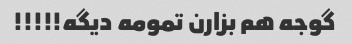
گوجه هم بزارن تمومه دیگه!!!!!